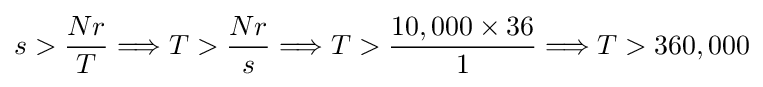
s>{\frac {Nr}{T}}\Longrightarrow T>{\frac {Nr}{s}}\Longrightarrow T>{\frac {10,000\times 36}{1}}\Longrightarrow T>360,000